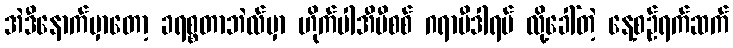
အဲဒီနောက်မှာတော့ ခရစ္စတာဘဲလ်မှာ ဟိုက်ပါအီမီစစ် ဂရာဗီဒါရမ် လို့ခေါ်တဲ့ နေ့စဉ်ရက်ဆက်